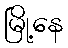
မြို့နေ